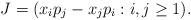
LaTeX: \begin{align*}J = (x_ip_j - x_j p_i : i,j \geq 1).\end{align*}